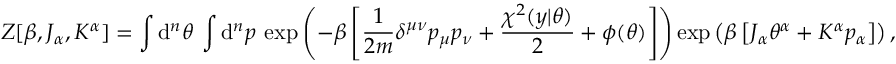
Z [ \beta , J _ { \alpha } , K ^ { \alpha } ] = \int \mathrm { d } ^ { n } \theta \: \int \mathrm { d } ^ { n } p \: \exp \left( - \beta \left[ \frac { 1 } { 2 m } \delta ^ { \mu \nu } p _ { \mu } p _ { \nu } + \frac { \chi ^ { 2 } ( y | \theta ) } { 2 } + \phi ( \theta ) \right] \right) \exp \left( \beta \left[ J _ { \alpha } \theta ^ { \alpha } + K ^ { \alpha } p _ { \alpha } \right] \right) ,